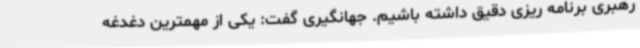
رهبری برنامه ریزی دقیق داشته باشیم. جهانگیری گفت: یکی از مهمترین دغدغه